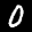
Label: 0